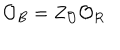
\mathcal { O } _ { B } = Z _ { \mathcal { O } } \mathcal { O } _ { R }